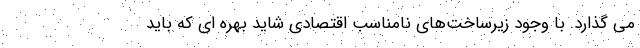
می گذارد. با وجود زیرساخت‌های نامناسب اقتصادی شاید بهره ای که باید